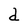
Character: d